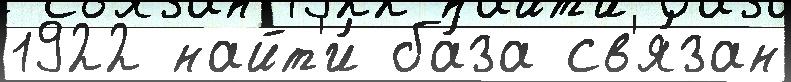
1922 найт'и́ ба́за св'я́зан